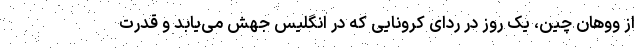
از ووهان چین، یک روز در ردای کرونایی که در انگلیس جهش می‌یابد و قدرت